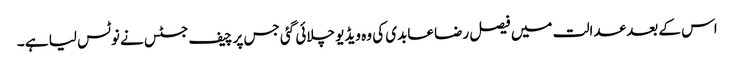
اس کے بعد عدالت میں فیصل رضا عابدی کی وہ ویڈیو چلائی گئی جس پر چیف جسٹس نے نوٹس لیا ہے ۔